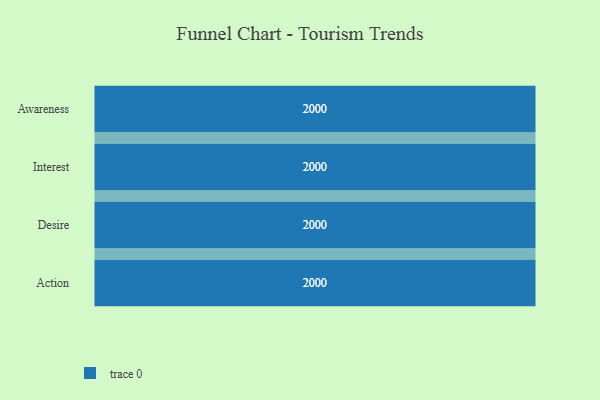
{"axis": {"x": "Stage", "y": "Value"}, "legend": [""], "data": [{"x": "Awareness", "y": 2000, "type": ""}, {"x": "Interest", "y": 2000, "type": ""}, {"x": "Desire", "y": 2000, "type": ""}, {"x": "Action", "y": 2000, "type": ""}]}